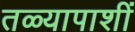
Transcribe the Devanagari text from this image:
तळ्यापाशीं